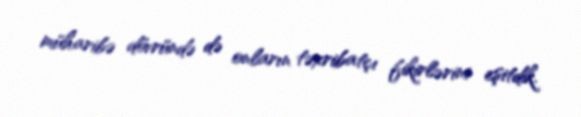
müharibə dövründə də onların təxribatçı fikirlərini eşitdik.